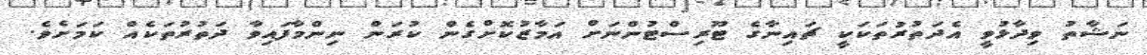
ނަޝާތު ވިދާޅުވީ އެދަތުރުތަކަކީ ޗައިނާގެ ޓޫރިސްޓުންނަށް އަމާޒުކޮށްގެން ކުރަން ނިންމާފައިވާ ދަތުރުތަކެއް ކަމަށެވެ.